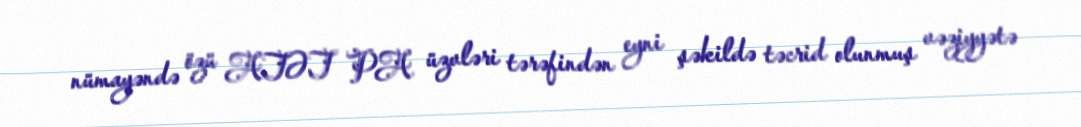
nümayəndə özü ATƏT PA üzvləri tərəfindən eyni şəkildə təcrid olunmuş vəziyyətə